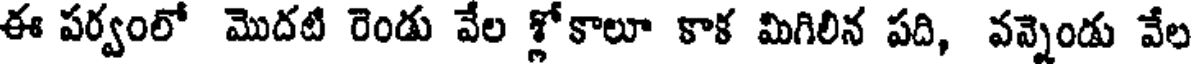
ఈ పర్వంలో మొదటి రెండు వేల శ్లోకాలూ కాక మిగిలిన పది, వన్నెండు వేల